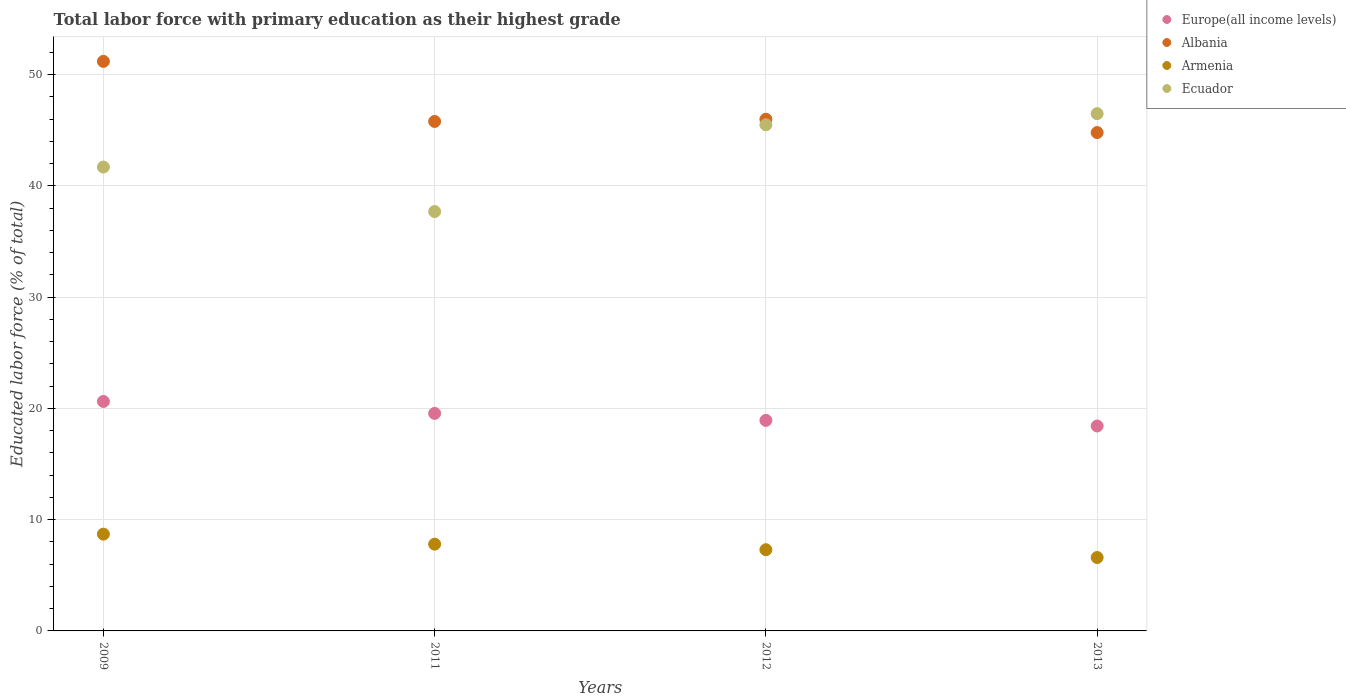
| Years | Europe(all income levels) | Albania | Armenia | Ecuador |
 | --- | --- | --- | --- | --- |
 | 2009 | 20.6 | 51.2 | 8.7 | 41.7 |
 | 2011 | 19.6 | 45.8 | 7.8 | 37.7 |
 | 2012 | 18.9 | 46 | 7.3 | 45.5 |
 | 2013 | 18.4 | 44.8 | 6.6 | 46.5 |